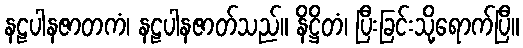
နဠပါနဇာတကံ၊ နဠပါနဇာတ်သည်။ နိဋ္ဌိတံ၊ ပြီးခြင်းသို့ရောက်ပြီ။